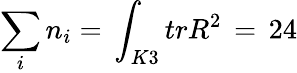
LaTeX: \sum_{i}n_{i}=\, \int_{K3}trR^{2}\, =\, 24